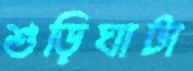
শুড়িঘাটা